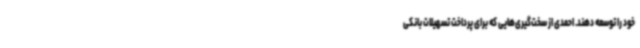
خود را توسعه دهند. احمدی از سخت‌گیری‌هایی که برای پرداخت تسهیلات بانکی